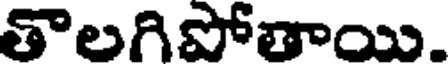
తొలగిపోతాయి.